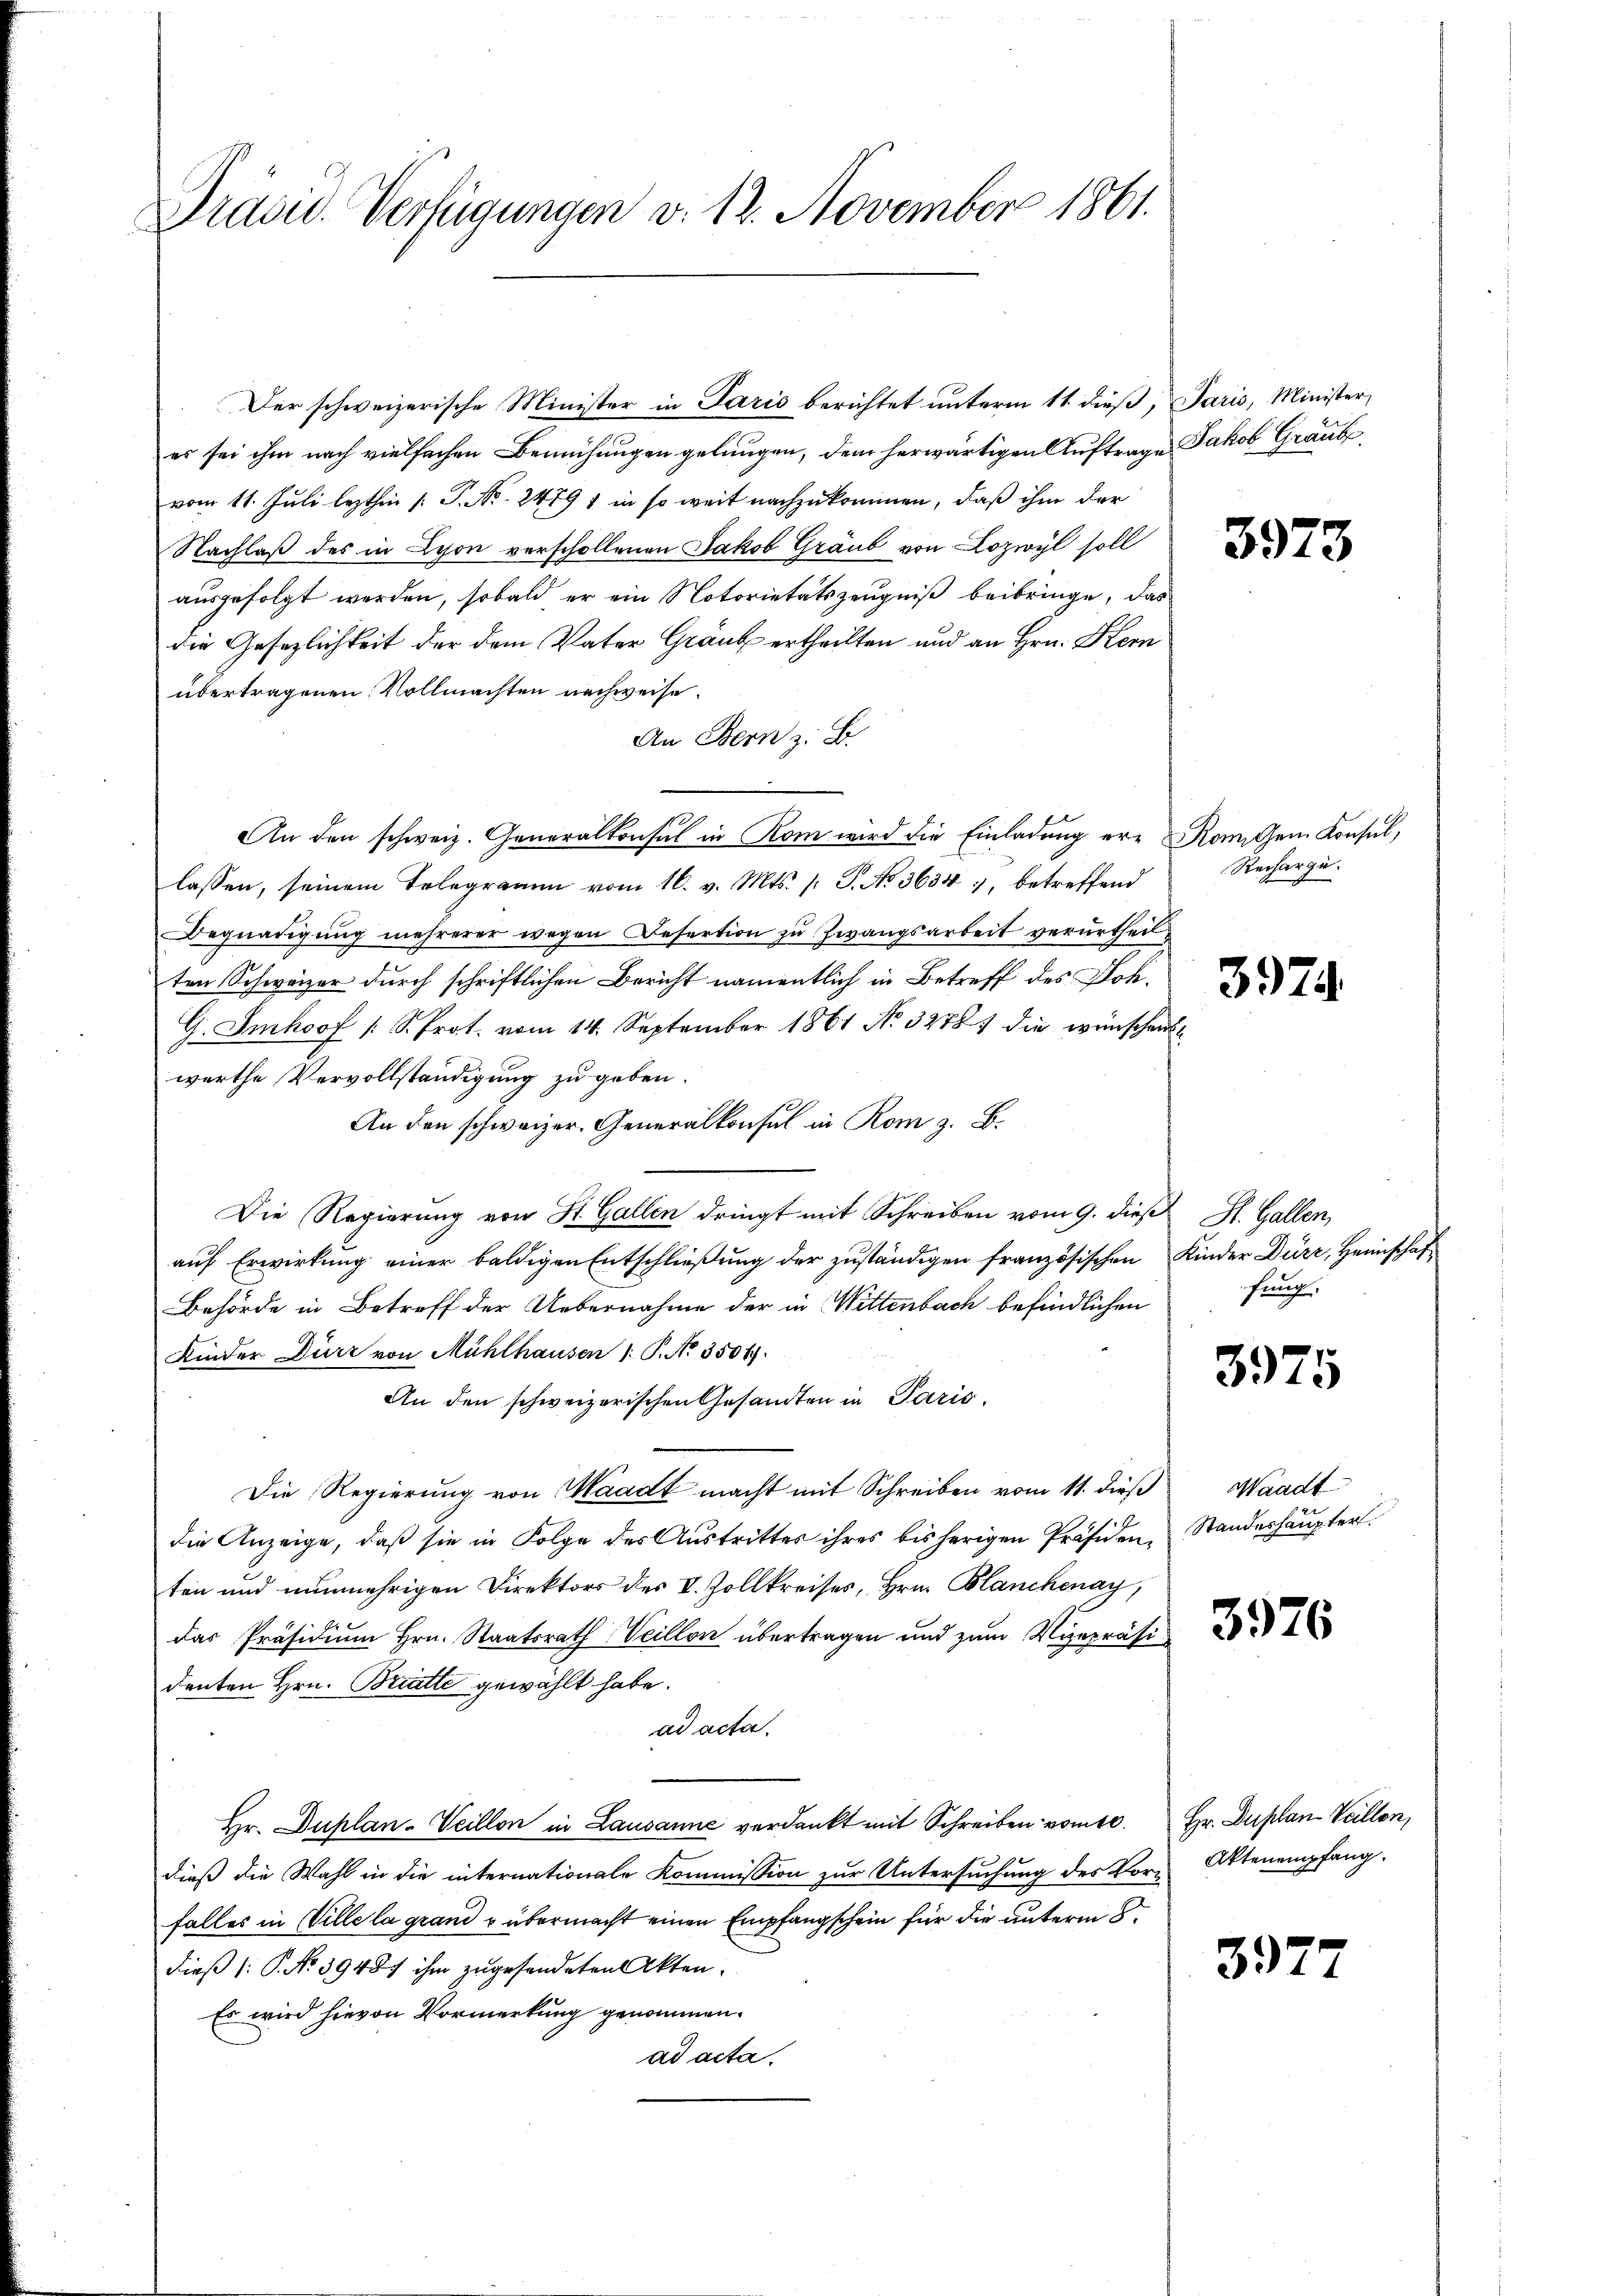
Präsid. Verfügungen v. 12. November 1861.

Der schweizerische Minister in Paris berichtet unterm 11. dieß, Paris, Minister,

es sei ihm nach vielfachen Bemühungen gelungen, dem herwärtigen Auftrage Jakob Graube,
vom 11. Juli lezthin  P. Nr. 24791 in so weit nachzukommen, daß ihm der
Nachlaß des in Lyon verschollenen Jakob Graub von Lozwyl soll
ausgefolgt werden, sobald er ein Notorietätszeugniß beibringe, das
die Gesezlichkeit der dem Vater Graub ertheilten und an Hrn. Kern
übertragenen Vollmachten nachweise.
An Bern z. B.
An den schweiz. Generalkonsul in Rom wird die Einladung ere Romigen Konsul,
lassen, seinem Telegramm vom 16. v. Mts. s. S. No 3634), betreffend
Begnadigung mehrerer wegen Befertion zu Zwangsarbeit verurtheilten Schweizer durch schriftlichen Bericht namentlich in Betreff des Joh.
G. Imhof /: S. Prot. vom 14. September 1861 No 32781 die wünschen
werthe Vervollständigung zu geben.
An den schweizer. Generalkonsul in Rom z. B.
Die Regierung von St. Gallen dringt mit Schreiben vom 9. dieß St. Gallen,
auf Erwirkung einer baldigen Entschließung der zuständigen französischen Kinder Dürr, Heimschaf
Behörde in Betreff der Uebernahme der in Wittenbach befindlichen
Kinder Dürr von Mühlhausen 1: P. No. 35017.
An den schweizerischen Gesandten in Paris
Die Regierung von Waadt macht mit Schreiben vom 11. dieß
die Anzeige, daß sie in Folge des Austritter ihres bisherigen Präsiden
ten und nunmehrigen Direktors des V. Zollkreises, Hrn. Blanchenay,
das Präsidium Hrn. Staatsrath Veillon übertragen und zum Vizepräsidenten Hrn. Bratte gewählt habe.
ad acta.
Hr. Duplan-Weillon in Lausanne verdankt mit Schreiben vomte. Hr. Duplan Veillon,
dieß die Wahl in die internationale Kommission zur Untersuchung des Vor-Ottenempfang.
falles in Ville la grand u übermacht einen Empfangschein für die unterm 8
dieß (: P. No 39487 ihm zugesendeten Akten.
Es wird hievon Vormerkung genommen.
ad acta.

3973

Recharge.

397.

fung.

3975

Waadt
Standeshaupter.

3976

3977